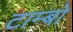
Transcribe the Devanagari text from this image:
टाम्बो